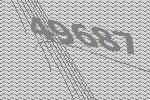
49687